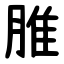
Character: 脽